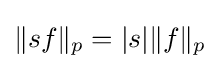
\|sf\|_{p}=|s|\|f\|_{p}